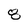
Character: 8